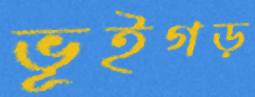
ভূইগড়